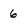
Character: 6